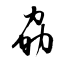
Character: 劦